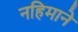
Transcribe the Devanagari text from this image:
नहिमाने